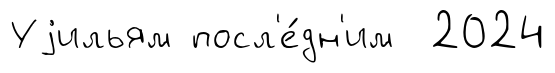
Уjильям посл'е́дн'им 2024